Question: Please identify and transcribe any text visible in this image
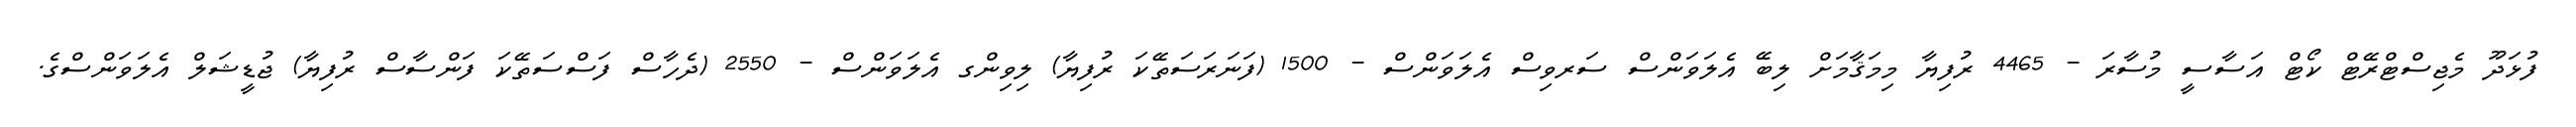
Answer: ފުޅަދޫ މެޖިސްޓްރޭޓް ކޯޓް އަސާސީ މުސާރަ - 4465 ރުފިޔާ މިމަޤާމަށް ލިބޭ އެލަވަންސް ސަރވިސް އެލަވަންސް - 1500 (ފަނަރަސަތޭކަ ރުފިޔާ) ލިވިންގ އެލަވަންސް - 2550 (ދެހާސް ފަސްސަތޭކަ ފަންސާސް ރުފިޔާ) ޖުޑީޝަލް އެލަވަންސްގެ.